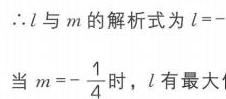
\(\therefore l\)与\(m\)的解析式为\(l = -\)
当\(m = -\frac{1}{4}\)时，\(l\)有最大